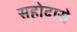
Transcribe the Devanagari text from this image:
सहोदारो